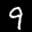
Label: 9